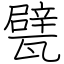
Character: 甓